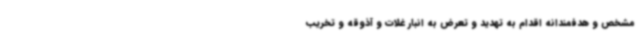
مشخص و هدفمندانه اقدام به تهدید و تعرض به انبار غلات و آذوقه و تخریب